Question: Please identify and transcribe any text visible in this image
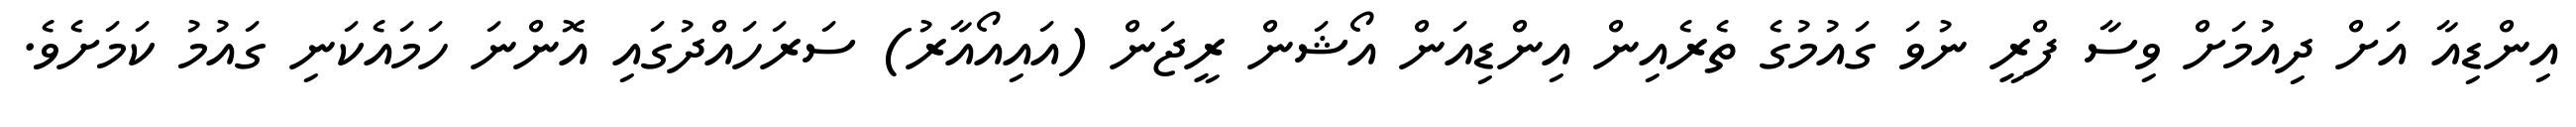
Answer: އިންޑިއާ އަށް ދިއުމަށް ވިސާ ފްރީ ނުވަ ގައުމުގެ ތެރެއިން އިންޑިއަން އޯޝަން ރީޖަން (އައިއޯއާރު) ސަރަހައްދުގައި އޮންނަ ހަމައެކަނި ގައުމު ކަމަށެވެ.